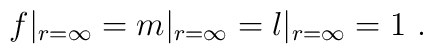
f|_{r=\infty}= m|_{r=\infty}= l|_{r=\infty}=1\ .